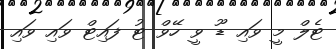
ޓެލް މީ ވައި ޑޫ ވީ ހޭވް ޓު ފައިޓް ވައި ވައި